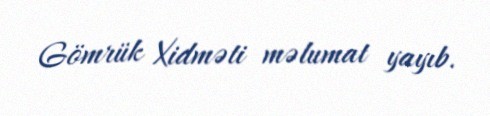
Gömrük Xidməti məlumat yayıb.